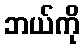
ဘယ်ကို